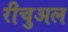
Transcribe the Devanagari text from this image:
रीचुअल